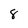
Character: 8